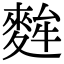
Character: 麰